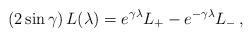
LaTeX: \begin{align*} (2 \sin\gamma) \, L(\lambda) = e^{\gamma\lambda} L_+ - e^{-\gamma\lambda} L_- \,,\end{align*}